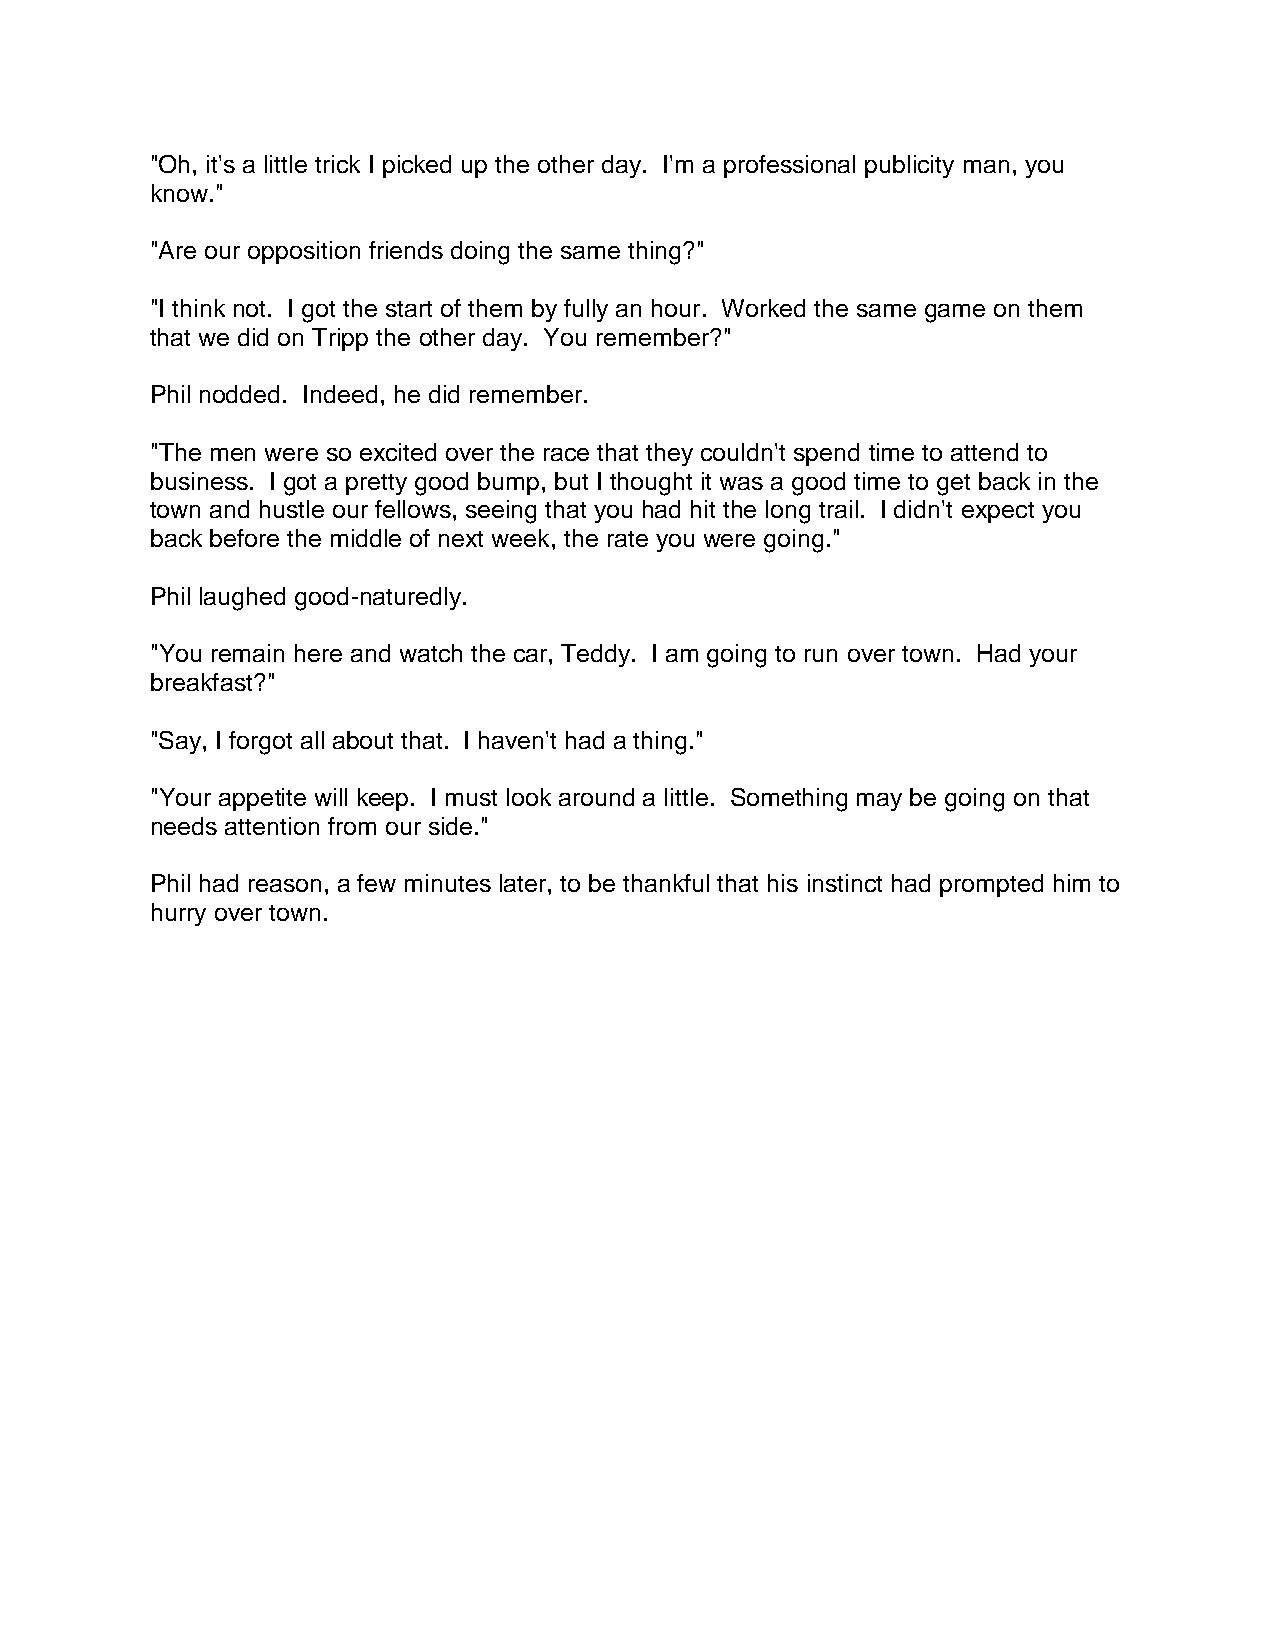
"Oh, it's a little trick I picked up the other day. I'm a professional publicity man, you
 know."
 "Are our opposition friends doing the same thing?"
 "I think not. I got the start of them by fully an hour. Worked the same game on them
 that we did on Tripp the other day. You remember?"
 Phil nodded. Indeed, he did remember.
 "The men were so excited over the race that they couldn't spend time to attend to
 business. I got a pretty good bump, but I thought it was a good time to get back in the
 town and hustle our fellows, seeing that you had hit the long trail. I didn't expect you
 back before the middle of next week, the rate you were going."
 Phil laughed good-naturedly.
 "You remain here and watch the car, Teddy. I am going to run over town. Had your
 breakfast?"
 "Say, I forgot all about that. I haven't had a thing."
 "Your appetite will keep. I must look around a little. Something may be going on that
 needs attention from our side."
 Phil had reason, a few minutes later, to be thankful that his instinct had prompted him to
 hurry over town.